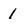
Character: 1